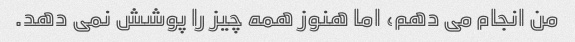
من انجام می دهم، اما هنوز همه چیز را پوشش نمی دهد.